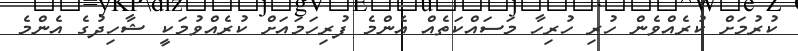
ކުރުމަށް ކުރެއްވެން ހުރި ހުރިހާ މަސައްކަތެއް އެންމެ ފުރިހަމައަށް ކުރެއްވުމަކީ ޝާހިދުގެ އެންމެ